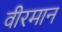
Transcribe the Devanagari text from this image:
वीरमान